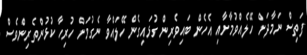
ފަތިސް ނަމާދަށް ހޭލެއްވުމާށާއި އެހެން ބައިވެރިން ގުޅައިގެން ހޭލައްވާ ނެގުމަށް ހުރިހާ ކުޅުންތެރިންވެސް